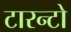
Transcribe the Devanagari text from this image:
टारन्टो